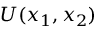
U ( x _ { 1 } , x _ { 2 } )